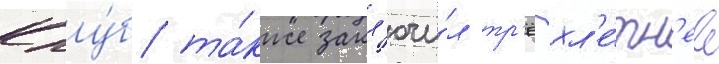
Клу́б та́кже закл'ючи́л тр'ёхл'е́тн'ее